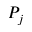
P _ { j }